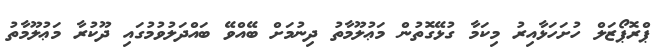
ޕްރޮޕޯޒަލް ހުށަހަޅާއިރު މިކަމާ ގުޅޭގޮތުން މަޢުލޫމާތު ދިނުމަށް ބޭއްވޭ ބައްދަލުވުމުގައި ދޫކުރާ މަޢުލޫމާތު